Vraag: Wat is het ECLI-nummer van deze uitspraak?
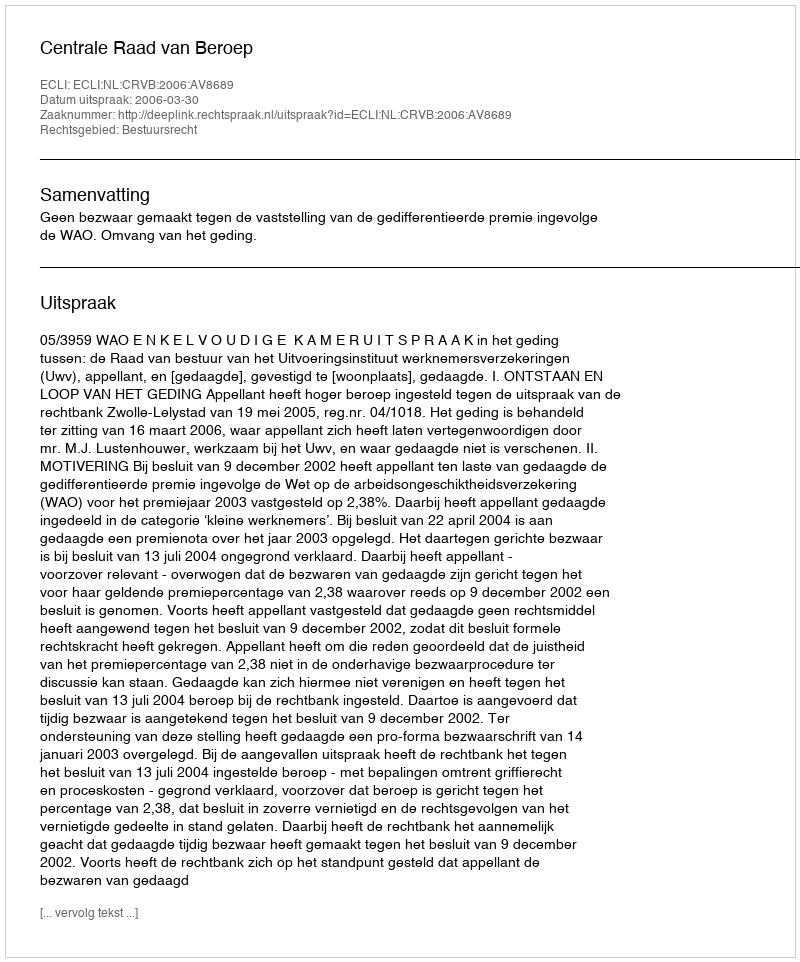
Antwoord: ECLI:NL:CRVB:2006:AV8689